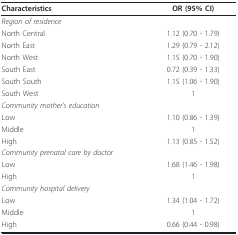
| Characteristics | OR (95% CI) |
 | --- | --- |
 | Region of residence |  |
 | North Central | 1.12 (0.70 - 1.79) |
 | North East | 1.29 (0.79 - 2.12) |
 | North West | 1.15 (0.70 - 1.90) |
 | South East | 0.72 (0.39 - 1.33) |
 | South South | 1.15 (1.06 - 1.90) |
 | South West | 1 |
 | Community mother's education |  |
 | Low | 1.10 (0.86 - 1.39) |
 | Middle | 1 |
 | High | 1.13 (0.85 - 1.52) |
 | Community prenatal care by doctor |  |
 | Low | 1.68 (1.46 - 1.98) |
 | High | 1 |
 | Community hospital delivery |  |
 | Low | 1.34 (1.04 - 1.72) |
 | Middle | 1 |
 | High | 0.66 (0.44 - 0.98) |